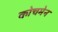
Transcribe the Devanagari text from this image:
कोचमेन